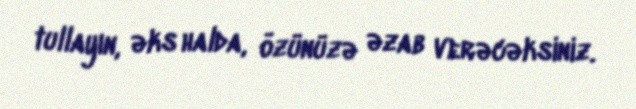
tullayın, əks halda, özünüzə əzab verəcəksiniz.